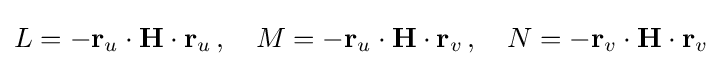
L=-\mathbf {r} _{u}\cdot \mathbf {H} \cdot \mathbf {r} _{u}\,,\quad M=-\mathbf {r} _{u}\cdot \mathbf {H} \cdot \mathbf {r} _{v}\,,\quad N=-\mathbf {r} _{v}\cdot \mathbf {H} \cdot \mathbf {r} _{v}